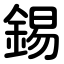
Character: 錫